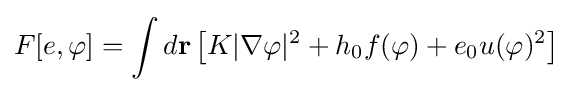
F[e,\varphi ]=\int d{\mathbf {r} }\left[K|{\mathbf {\nabla } }\varphi |^{2}+h_{0}f(\varphi )+e_{0}u(\varphi )^{2}\right]